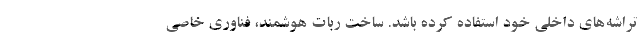
تراشه‌های داخلی خود استفاده کرده باشد. ساخت ربات هوشمند، فناوری خاصی